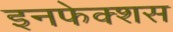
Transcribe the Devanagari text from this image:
इनफेक्शस